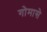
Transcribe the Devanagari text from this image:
गोमासे